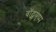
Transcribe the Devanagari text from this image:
वॉट्सएप्प